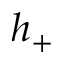
h _ { + }